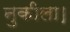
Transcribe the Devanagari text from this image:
नुकीला।